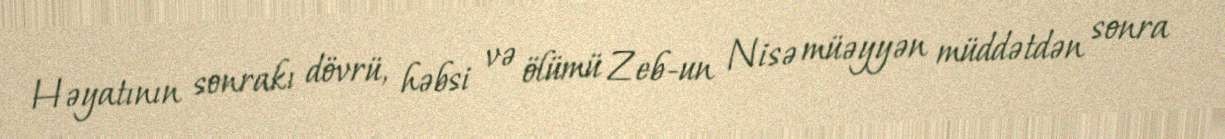
Həyatının sonrakı dövrü, həbsi və ölümü Zeb-un Nisə müəyyən müddətdən sonra